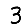
Digit: 3